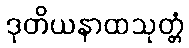
ဒုတိယနာထသုတ္တံ